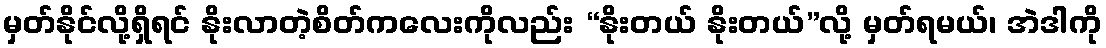
မှတ်နိုင်လို့ရှိရင် နိုးလာတဲ့စိတ်ကလေးကိုလည်း “နိုးတယ် နိုးတယ်”လို့ မှတ်ရမယ်၊ အဲဒါကို